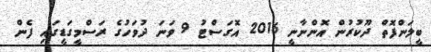
ބީލަންފޮތް ދޫކުރުން އޮންނާނީ 2016 އޮގަސްޓު 9 ވަނަ ދުވަހުގެ ރަސްމީގަޑީގައި ފެން